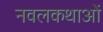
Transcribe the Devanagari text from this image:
नवलकथाओं